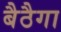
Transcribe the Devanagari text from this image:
बैठैगा